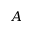
A